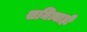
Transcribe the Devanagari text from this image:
समित्याही